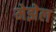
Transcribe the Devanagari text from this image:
मेझेल